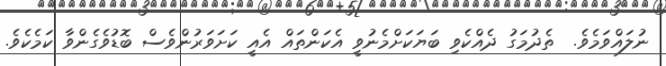
ނުލައްވަމެވެ.  ތެދުމަގު ދެއްކެވި ބަޔަކަށްމެނުވީ އެކަންތައް އެއީ ކަށަވަރުންވެސް ބޮޑުވެގެންވާ ކަމެކެވެ.